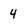
Character: 4